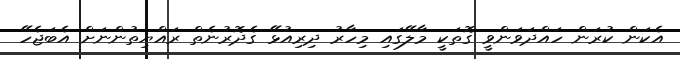
އެކަން ކުރަން ހައްދަވަންވީ ގޮތަކީ މާލޭގައި މިހާރު ދިރިއުޅޭ ގެދޮރުނެތް ރައްޔިތުންނަށް އެބަޖެހޭ